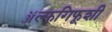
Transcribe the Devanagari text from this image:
ॲल्फगिफूशी